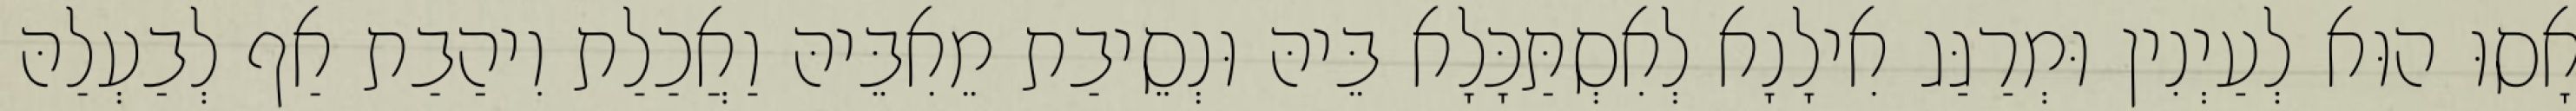
אָסוּ הוּא לְעַיְנִין וּמְרַגַּג אִילָנָא לְאִסְתַּכָּלָא בֵּיהּ וּנְסֵיבַת מֵאִבֵּיהּ וַאֲכַלַת וִיהַבַת אַף לְבַעְלַהּ